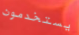
يستخدمون